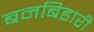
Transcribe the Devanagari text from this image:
बनबिहारी